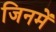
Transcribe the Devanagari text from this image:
जिनमें